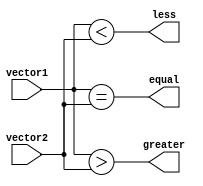
module comparator (
  input [31:0] vector1,
  input [31:0] vector2,
  output equal,
  output greater,
  output less
);

assign equal = (vector1 == vector2);
assign greater = (vector1 > vector2);
assign less = (vector1 < vector2);

endmodule